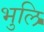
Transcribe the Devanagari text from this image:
भुलि